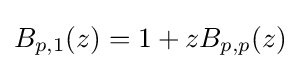
B_{p,1}(z)=1+zB_{p,p}(z)